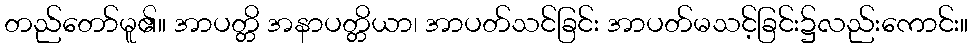
တည်တော်မူ၏။ အာပတ္တိ အနာပတ္တိယာ၊ အာပတ်သင်ခြင်း အာပတ်မသင့်ခြင်း၌လည်းကောင်း။